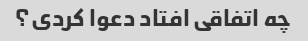
چه اتفاقی افتاد دعوا کردی؟